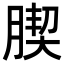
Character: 𦝜